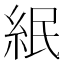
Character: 䋋